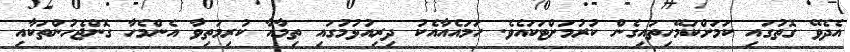
އެދެވޭ ގޮތުގައި ކަމަށްކަމޭހިތައިގެން ކުރުމަށްޓަކައެވެ. ހަމައެއާއެކު ދިރިއުޅުމުގައި ތިމާއާ ކުރިމަތިވާ އެންމެހާ ގޮންޖެހުންތަކާއި